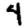
Digit: 4